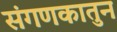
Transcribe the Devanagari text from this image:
संगणकातुन